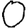
Digit: 0